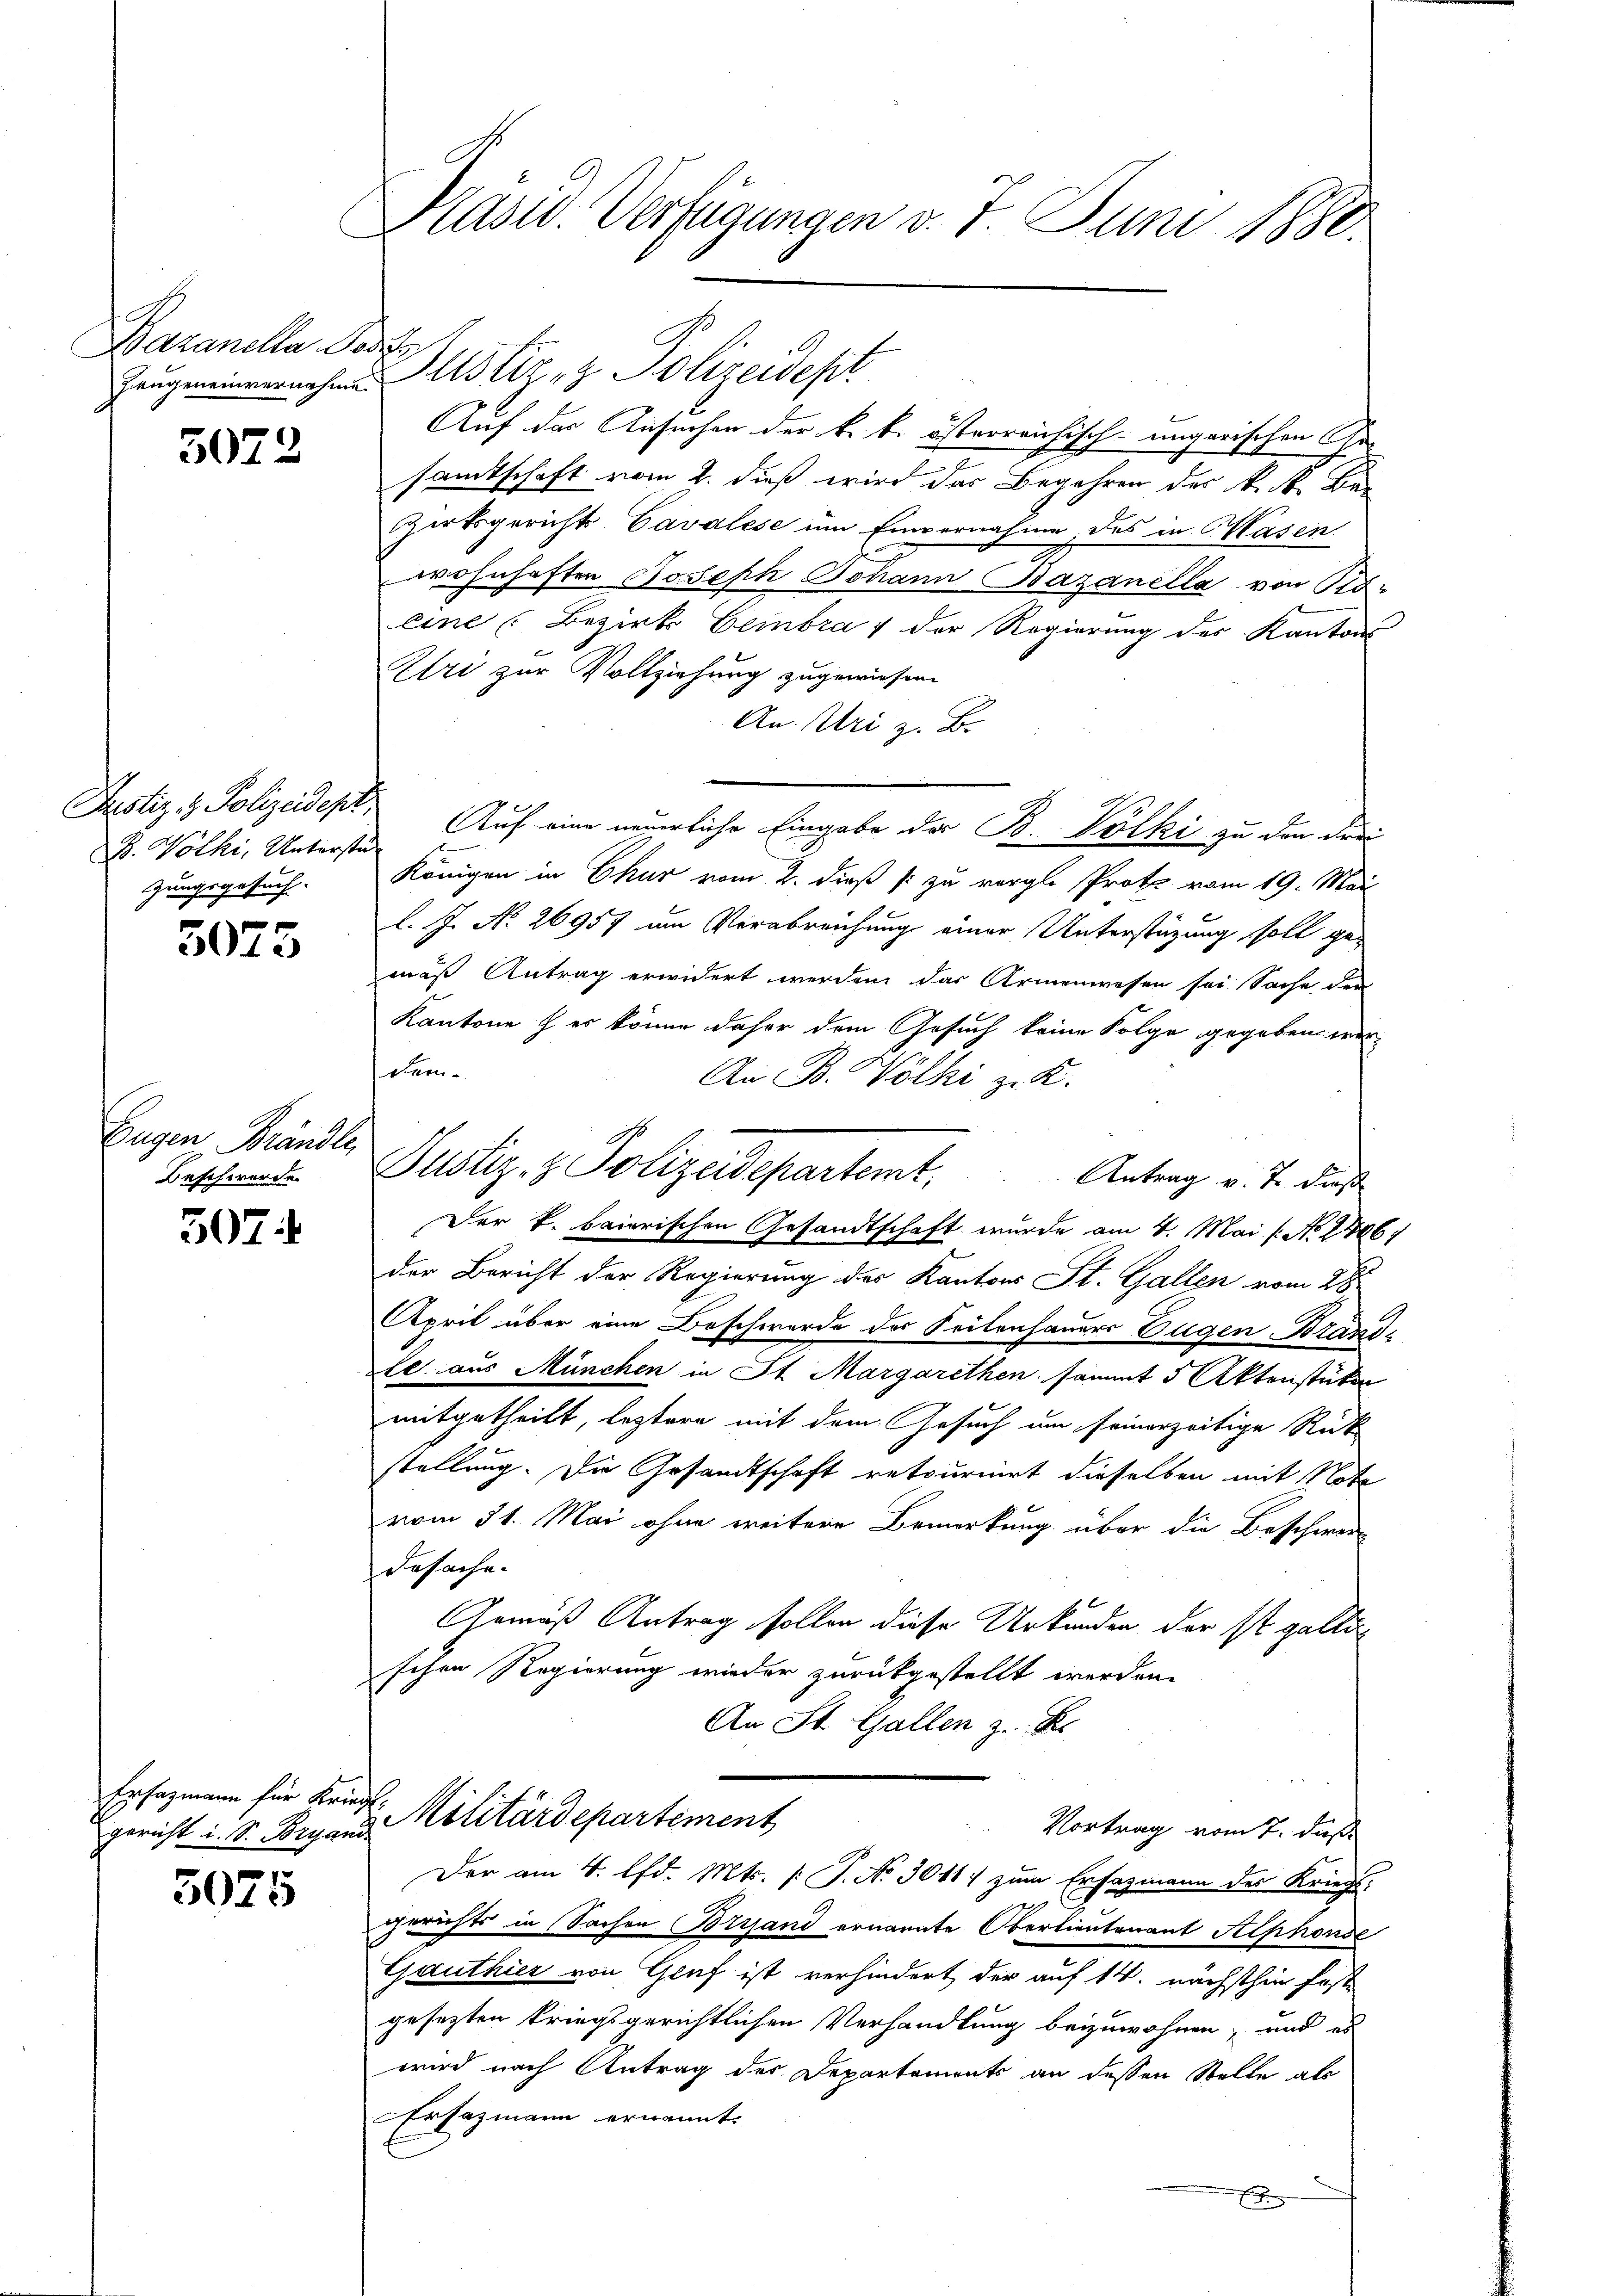
Bavanella Parte
Hangeneinvernahme.

5072

Justiz- & Polizeidept
B. Völki, Untersti
zungsgesuch.

5075

Eugen Brändle,
Beschwerde.

507

Ersatzmann für Kriegt,
gericht u. S. Bryani.

5025

Präsid. Verfügungen v. 7. Juni 1880.

Justiz- & Polizeidepr
Auf der Ansuchen der k. k. österreichisch-ungarischen Ge
samtschaft vom 2. dieß wird das Begehren des k. k. Bar
Zirksgerichts Cavalese um Einvernahme des in Wasen
wohnhaften Joseph Johann Bazanella von No-
eine Bezirk Gembra 1 der Regierung des Kantons
Uri zur Vollziehung zugewiesen
An. Uri z. B.
Auf eine neuerliche Eingabe der B. Völki zu den Frei
Königen in Chur vom 2. dieß (: zu vergl. Prote vom 19. Mai
l. J. No 26957 um Verabreichung einer Unterstüzung soll gemäß Antrag erwidert werden, das Armenwesen sei Sache der
Kantone her könne daher dem Gesuch keine Folge gegeben wer-
Dem-
An B. Völki z. K.
Justiz- & Polizeidepartemt,
Antrag v. J. dieß
Der k. baierischen Gesandtschaft wurde am 4. Mai l. No. 1864
der Bericht der Regierung des Kantons St. Gallen vom 28.
April über eine Beschwerde des Seitenhauers Dügen-Brand-
le aus München in St. Margarethen sammt 5 Aktenstücken
mitgetheilt, leztere mit dem Gesuch um feinerzeitige Rück
stellung. Die Gesandtschaft retourniert dieselben mit Note
vom 31. Mai ohne weitere Bemerkung über die Beschwer
desache.
Gemäß Antrag sollen diese Urkunden der ist galti
schen Regierung wieder zurückgestellt werden.
An St. Gallen z. B.

1
gerichts in Sachen Brigand ernannte Oberlieutenant Alphonde
Gauthier von Genf ist verhindert der auf 14. nächsthin fest-
gesezten kriegsgerichtlichen Verhandlung beizuwohnen, und es
wird nach Antrag des Departements an dessen Stelle als
Ersazmann ernannt.

Militärdepartement
Vortrag vom 7. daß
Der am 4. lfd. Mts. (T. No 3011 zum Erfazmann des Kriegs-

x